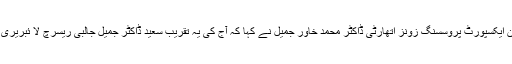
اس موقع پر ڈاکٹر جمیل جالبی کے صاحبزادے اور چیئر مین ایکسپورٹ پروسسنگ زونز اتھارٹی ڈاکٹر محمد خاور جمیل نے کہا کہ آج کی یہ تقریب سعید ڈاکٹر جمیل جالبی ریسرچ لا ئبریری کے سنگ بنیاد رکھنے کاایک تاریخی اور یاد گار دن ہے ۔